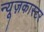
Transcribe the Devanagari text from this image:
न्यूज़कास्टर